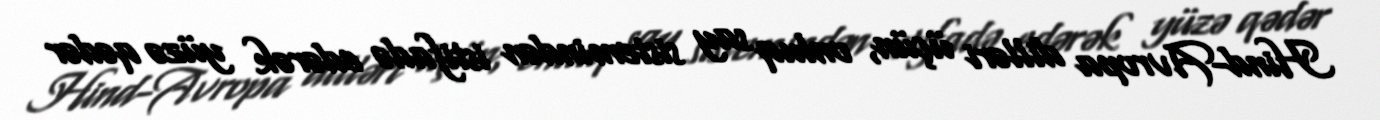
Hind-Avropa dilləri üçün, onluq say sistemindən istifadə edərək yüzə qədər